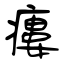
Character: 瘻